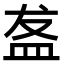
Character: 盋